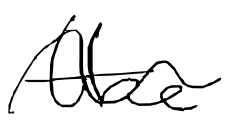
Text: the
Cross-out: wave
Writing tool: digital_black